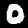
Digit: 0